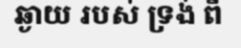
ឆ្ងាយ របស់ ទ្រង់ ពី